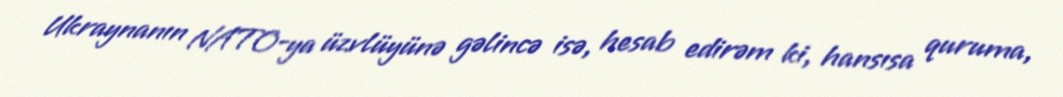
Ukraynanın NATO-ya üzvlüyünə gəlincə isə, hesab edirəm ki, hansısa quruma,